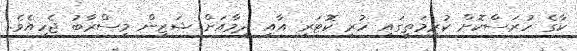
ކާގެ ހުރަސްކޮށް ކުރިމަތީގައި ހުރި ކޮޓަރި އާއި ދިމާއަށް ޝަޒިން މިސްރާބު ޖެހިއެވެ.